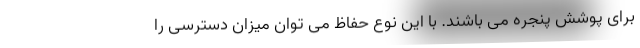
برای پوشش پنجره می باشند. با این نوع حفاظ می توان میزان دسترسی را